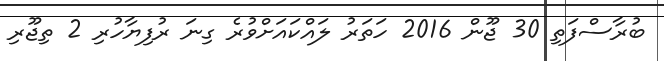
ބުރާސްފަތި 30 ޖޫން 2016 ހަތަރު ލައްކައަށްވުރެ ގިނަ ރުފިޔާހުރި 2 ތިޖޫރި